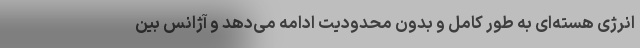
انرژی هسته‌ای به طور کامل و بدون محدودیت ادامه می‌دهد و آژانس بین